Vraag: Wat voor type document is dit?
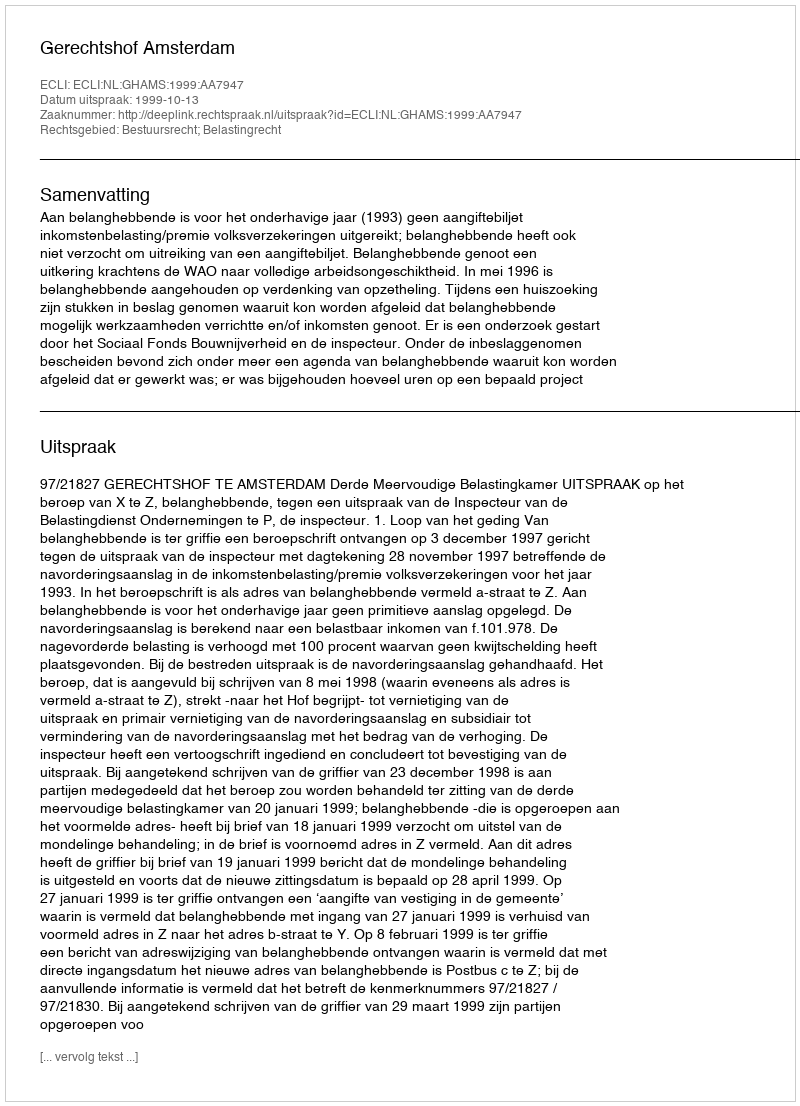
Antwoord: Uitspraak